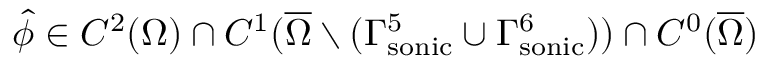
\hat { \phi } \in C ^ { 2 } ( \Omega ) \cap C ^ { 1 } ( \overline { { \Omega } } \setminus ( { \Gamma _ { \mathrm { s o n i c } } ^ { 5 } } \cup { \Gamma _ { \mathrm { s o n i c } } ^ { 6 } } ) ) \cap C ^ { 0 } ( \overline { { \Omega } } )